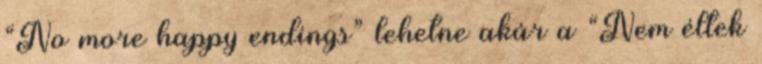
“No more happy endings” lehetne akár a “Nem éltek